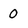
Character: 0